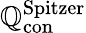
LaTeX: \boldsymbol{\mathbb{Q}}_{\mathrm{{con}}}^{\mathrm{{Spitzer}}}